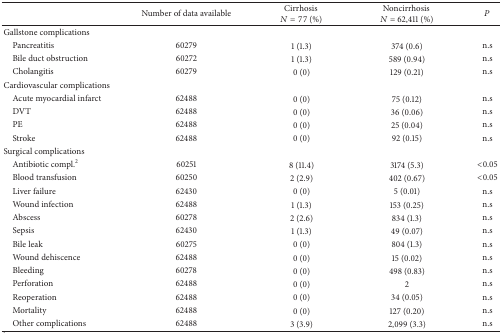
<table><thead><tr><td><b> </b></td><td><b>Number of data available</b></td><td><b>Cirrhosis<i>N</i> = 77 (%)</b></td><td><b>Noncirrhosis <i>N</i> = 62,411 (%)</b></td><td><b><i>P</i></b></td></tr></thead><tbody><tr><td>Gallstone complications</td><td> </td><td> </td><td> </td><td> </td></tr><tr><td> Pancreatitis </td><td>60279</td><td>1 (1.3)</td><td>374 (0.6)</td><td>n.s</td></tr><tr><td> Bile duct obstruction </td><td>60272</td><td>1 (1.3)</td><td>589 (0.94)</td><td>n.s</td></tr><tr><td> Cholangitis </td><td>60279</td><td>0 (0)</td><td>129 (0.21)</td><td>n.s</td></tr><tr><td>Cardiovascular complications</td><td> </td><td> </td><td> </td><td> </td></tr><tr><td> Acute myocardial infarct</td><td>62488</td><td>0 (0)</td><td>75 (0.12)</td><td>n.s</td></tr><tr><td> DVT</td><td>62488</td><td>0 (0)</td><td>36 (0.06)</td><td>n.s</td></tr><tr><td> PE </td><td>62488</td><td>0 (0)</td><td>25 (0.04)</td><td>n.s</td></tr><tr><td> Stroke </td><td>62488</td><td>0 (0)</td><td>92 (0.15)</td><td>n.s</td></tr><tr><td>Surgical complications</td><td> </td><td> </td><td> </td><td> </td></tr><tr><td> Antibiotic compl.<sup>2</sup></td><td>60251</td><td>8 (11.4)</td><td>3174 (5.3)</td><td>&lt;0.05</td></tr><tr><td> Blood transfusion </td><td>60250</td><td>2 (2.9)</td><td>402 (0.67)</td><td>&lt;0.05</td></tr><tr><td> Liver failure</td><td>62430</td><td>0 (0)</td><td>5 (0.01)</td><td>n.s</td></tr><tr><td> Wound infection </td><td>62488</td><td>1 (1.3)</td><td>153 (0.25)</td><td>n.s</td></tr><tr><td> Abscess </td><td>60278</td><td>2 (2.6)</td><td>834 (1.3)</td><td>n.s</td></tr><tr><td> Sepsis</td><td>62430</td><td>1 (1.3)</td><td>49 (0.07)</td><td>n.s</td></tr><tr><td> Bile leak</td><td>60275</td><td>0 (0)</td><td>804 (1.3)</td><td>n.s</td></tr><tr><td> Wound dehiscence</td><td>62488</td><td>0 (0)</td><td>15 (0.02)</td><td>n.s</td></tr><tr><td> Bleeding </td><td>60278</td><td>0 (0)</td><td>498 (0.83)</td><td>n.s</td></tr><tr><td> Perforation</td><td>62488</td><td>0 (0)</td><td>2 </td><td>n.s</td></tr><tr><td> Reoperation </td><td>62488</td><td>0 (0)</td><td>34 (0.05)</td><td>n.s</td></tr><tr><td> Mortality</td><td>62488</td><td>0 (0)</td><td>127 (0.20)</td><td>n.s</td></tr><tr><td> Other complications</td><td>62488</td><td>3 (3.9) </td><td>2,099 (3.3)</td><td>n.s</td></tr></tbody></table>